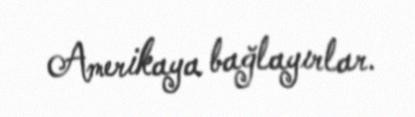
Amerikaya bağlayırlar.